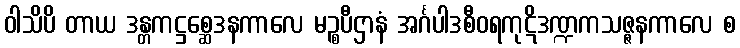
ဝါသိပိ တာယ ဒန္တကဋ္ဌစ္ဆေဒနကာလေ မဉ္စပီဌာနံ အင်္ဂပါဒစီဝရကုဋိဒဏ္ဍကသဇ္ဇနကာလေ စ